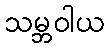
သမ္ဘဝါယ